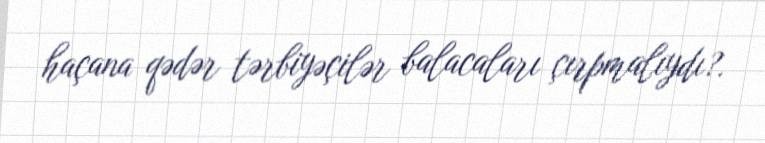
haçana qədər tərbiyəçilər balacaları çırpmalıydı?.